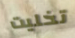
تخليت